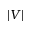
\displaystyle | V |